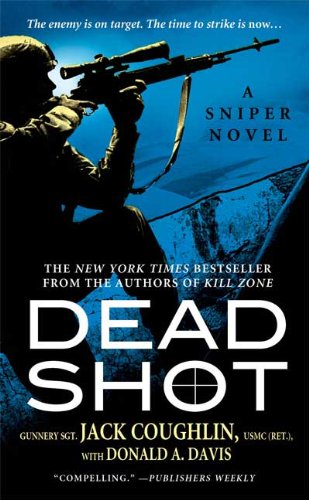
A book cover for Dead Shot: A Sniper Novel; Jack Coughlin; Literature & Fiction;